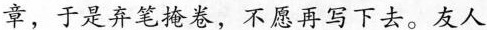
章，于是弃笔掩卷，不愿再写下去。友人